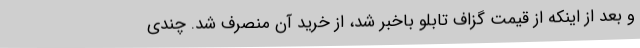
و بعد از اینکه از قیمت گزاف تابلو باخبر شد، از خرید آن منصرف شد. چندی